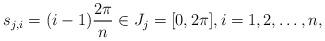
LaTeX: \begin{align*}s_{j,i}=(i-1)\frac{2\pi}{n}\in J_j=[0,2\pi], i=1,2,\ldots,n, \end{align*}